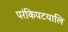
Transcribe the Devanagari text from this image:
परंकिपटयालि